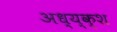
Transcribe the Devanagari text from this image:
अध्य्क्श